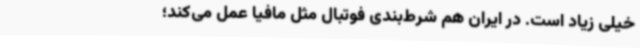
خیلی زیاد است. در ایران هم شرط‌بندی فوتبال مثل مافیا عمل می‌کند؛